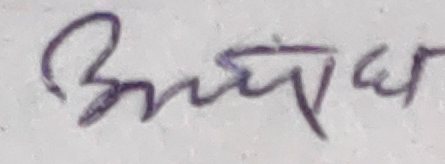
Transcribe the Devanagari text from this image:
ब्रुमध्यर